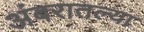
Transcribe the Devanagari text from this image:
अंबरातल्या